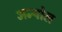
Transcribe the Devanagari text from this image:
अन्योल